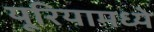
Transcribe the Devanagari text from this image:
यूरियामध्ये